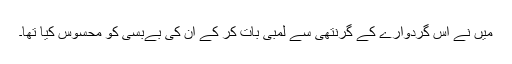
میں نے اس گردوارے کے گرنتھی سے لمبی بات کر کے ان کی بےبسی کو محسوس کیا تھا۔